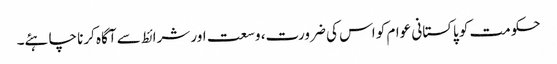
حکومت کو پاکستانی عوام کو اس کی ضرورت، وسعت اور شرائط سے آگاہ کرنا چاہئے۔